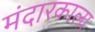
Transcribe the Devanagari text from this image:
मंदारकाला